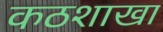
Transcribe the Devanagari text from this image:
कठशाखा